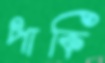
পাকি